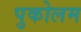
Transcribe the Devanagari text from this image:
पुकोलम